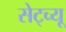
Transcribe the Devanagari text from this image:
सेट्च्यू